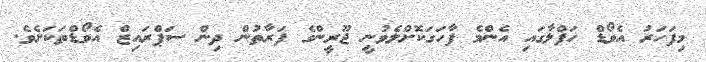
މިފަހަރު އެވޯޑް ހަފްލާގައި އެންމެ ފާހަގަކޮށްލެވުނީ ޖޫރީންގެ ފަރާތުން ދިން ސަޕްރައިޒް އެވޯޑްތަކަށެވެ.